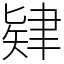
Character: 肄